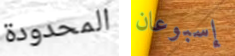
المحدودة إسبوعان